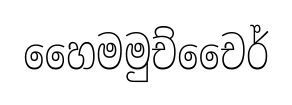
හෛමමුච්චෛර්